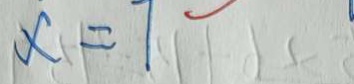
x = 7